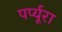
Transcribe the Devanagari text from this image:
पर्प्यूरा